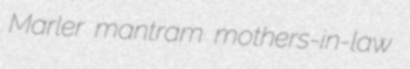
Marler mantram mothers-in-law